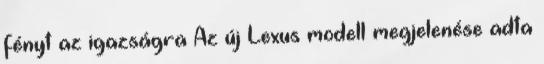
fényt az igazságra Az új Lexus modell megjelenése adta